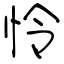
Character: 怜